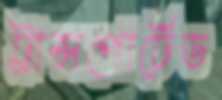
ট্রান্সপোর্টেড